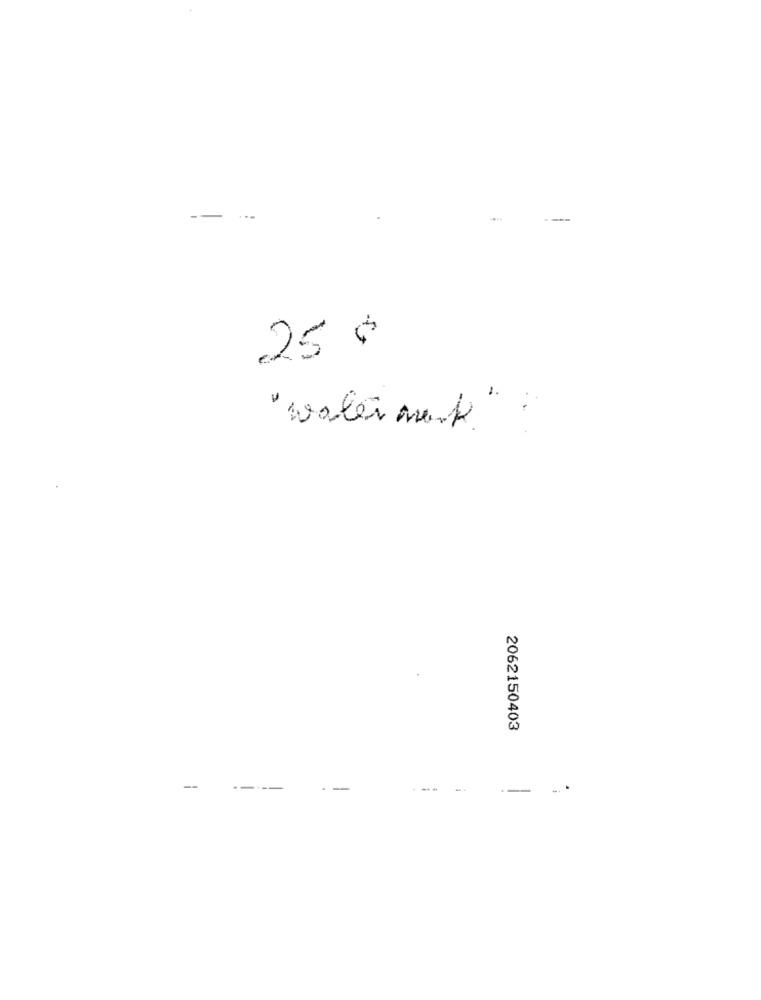
--
25 ¢
" water mark.
2062150403
-
--